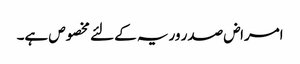
امراض صدر وریہ کے لئے مخصوص ہے۔